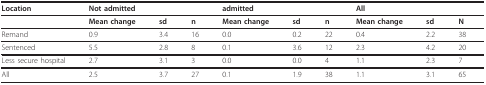
<table><thead><tr><td><b>Location</b></td><td colspan="3"><b>Not admitted</b></td><td colspan="3"><b>admitted</b></td><td colspan="3"><b>All</b></td></tr></thead><tbody><tr><td></td><td><b>Mean change</b></td><td><b>sd</b></td><td><b>n</b></td><td><b>Mean change</b></td><td><b>sd</b></td><td><b>n</b></td><td><b>Mean change</b></td><td><b>sd</b></td><td><b>N</b></td></tr><tr><td>Remand</td><td>0.9</td><td>3.4</td><td>16</td><td>0.0</td><td>0.2</td><td>22</td><td>0.4</td><td>2.2</td><td>38</td></tr><tr><td>Sentenced</td><td>5.5</td><td>2.8</td><td>8</td><td>0.1</td><td>3.6</td><td>12</td><td>2.3</td><td>4.2</td><td>20</td></tr><tr><td>Less secure hospital</td><td>2.7</td><td>3.1</td><td>3</td><td>0.0</td><td>0.0</td><td>4</td><td>1.1</td><td>2.3</td><td>7</td></tr><tr><td>All</td><td>2.5</td><td>3.7</td><td>27</td><td>0.1</td><td>1.9</td><td>38</td><td>1.1</td><td>3.1</td><td>65</td></tr></tbody></table>